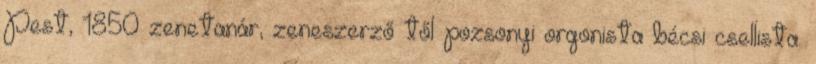
Pest, 1850 zenetanár, zeneszerző től pozsonyi orgonista bécsi csellista.